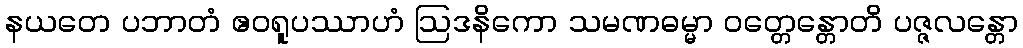
နယတေ ပဘာတံ ဧဝရူပဿာဟံ ဩဒနိကော သမဏဓမ္မာ ဝတ္တေန္တောတိ ပဇ္ဇလန္တော